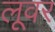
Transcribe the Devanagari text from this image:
लूवर